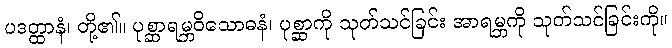
ပဒတ္ထာနံ၊ တို့၏။ ပုစ္ဆာရမ္ဘဝိသောဓနံ၊ ပုစ္ဆာကို သုတ်သင်ခြင်း အာရမ္ဘကို သုတ်သင်ခြင်းကို။